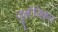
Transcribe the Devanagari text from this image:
ज़ू्लॉजिकल